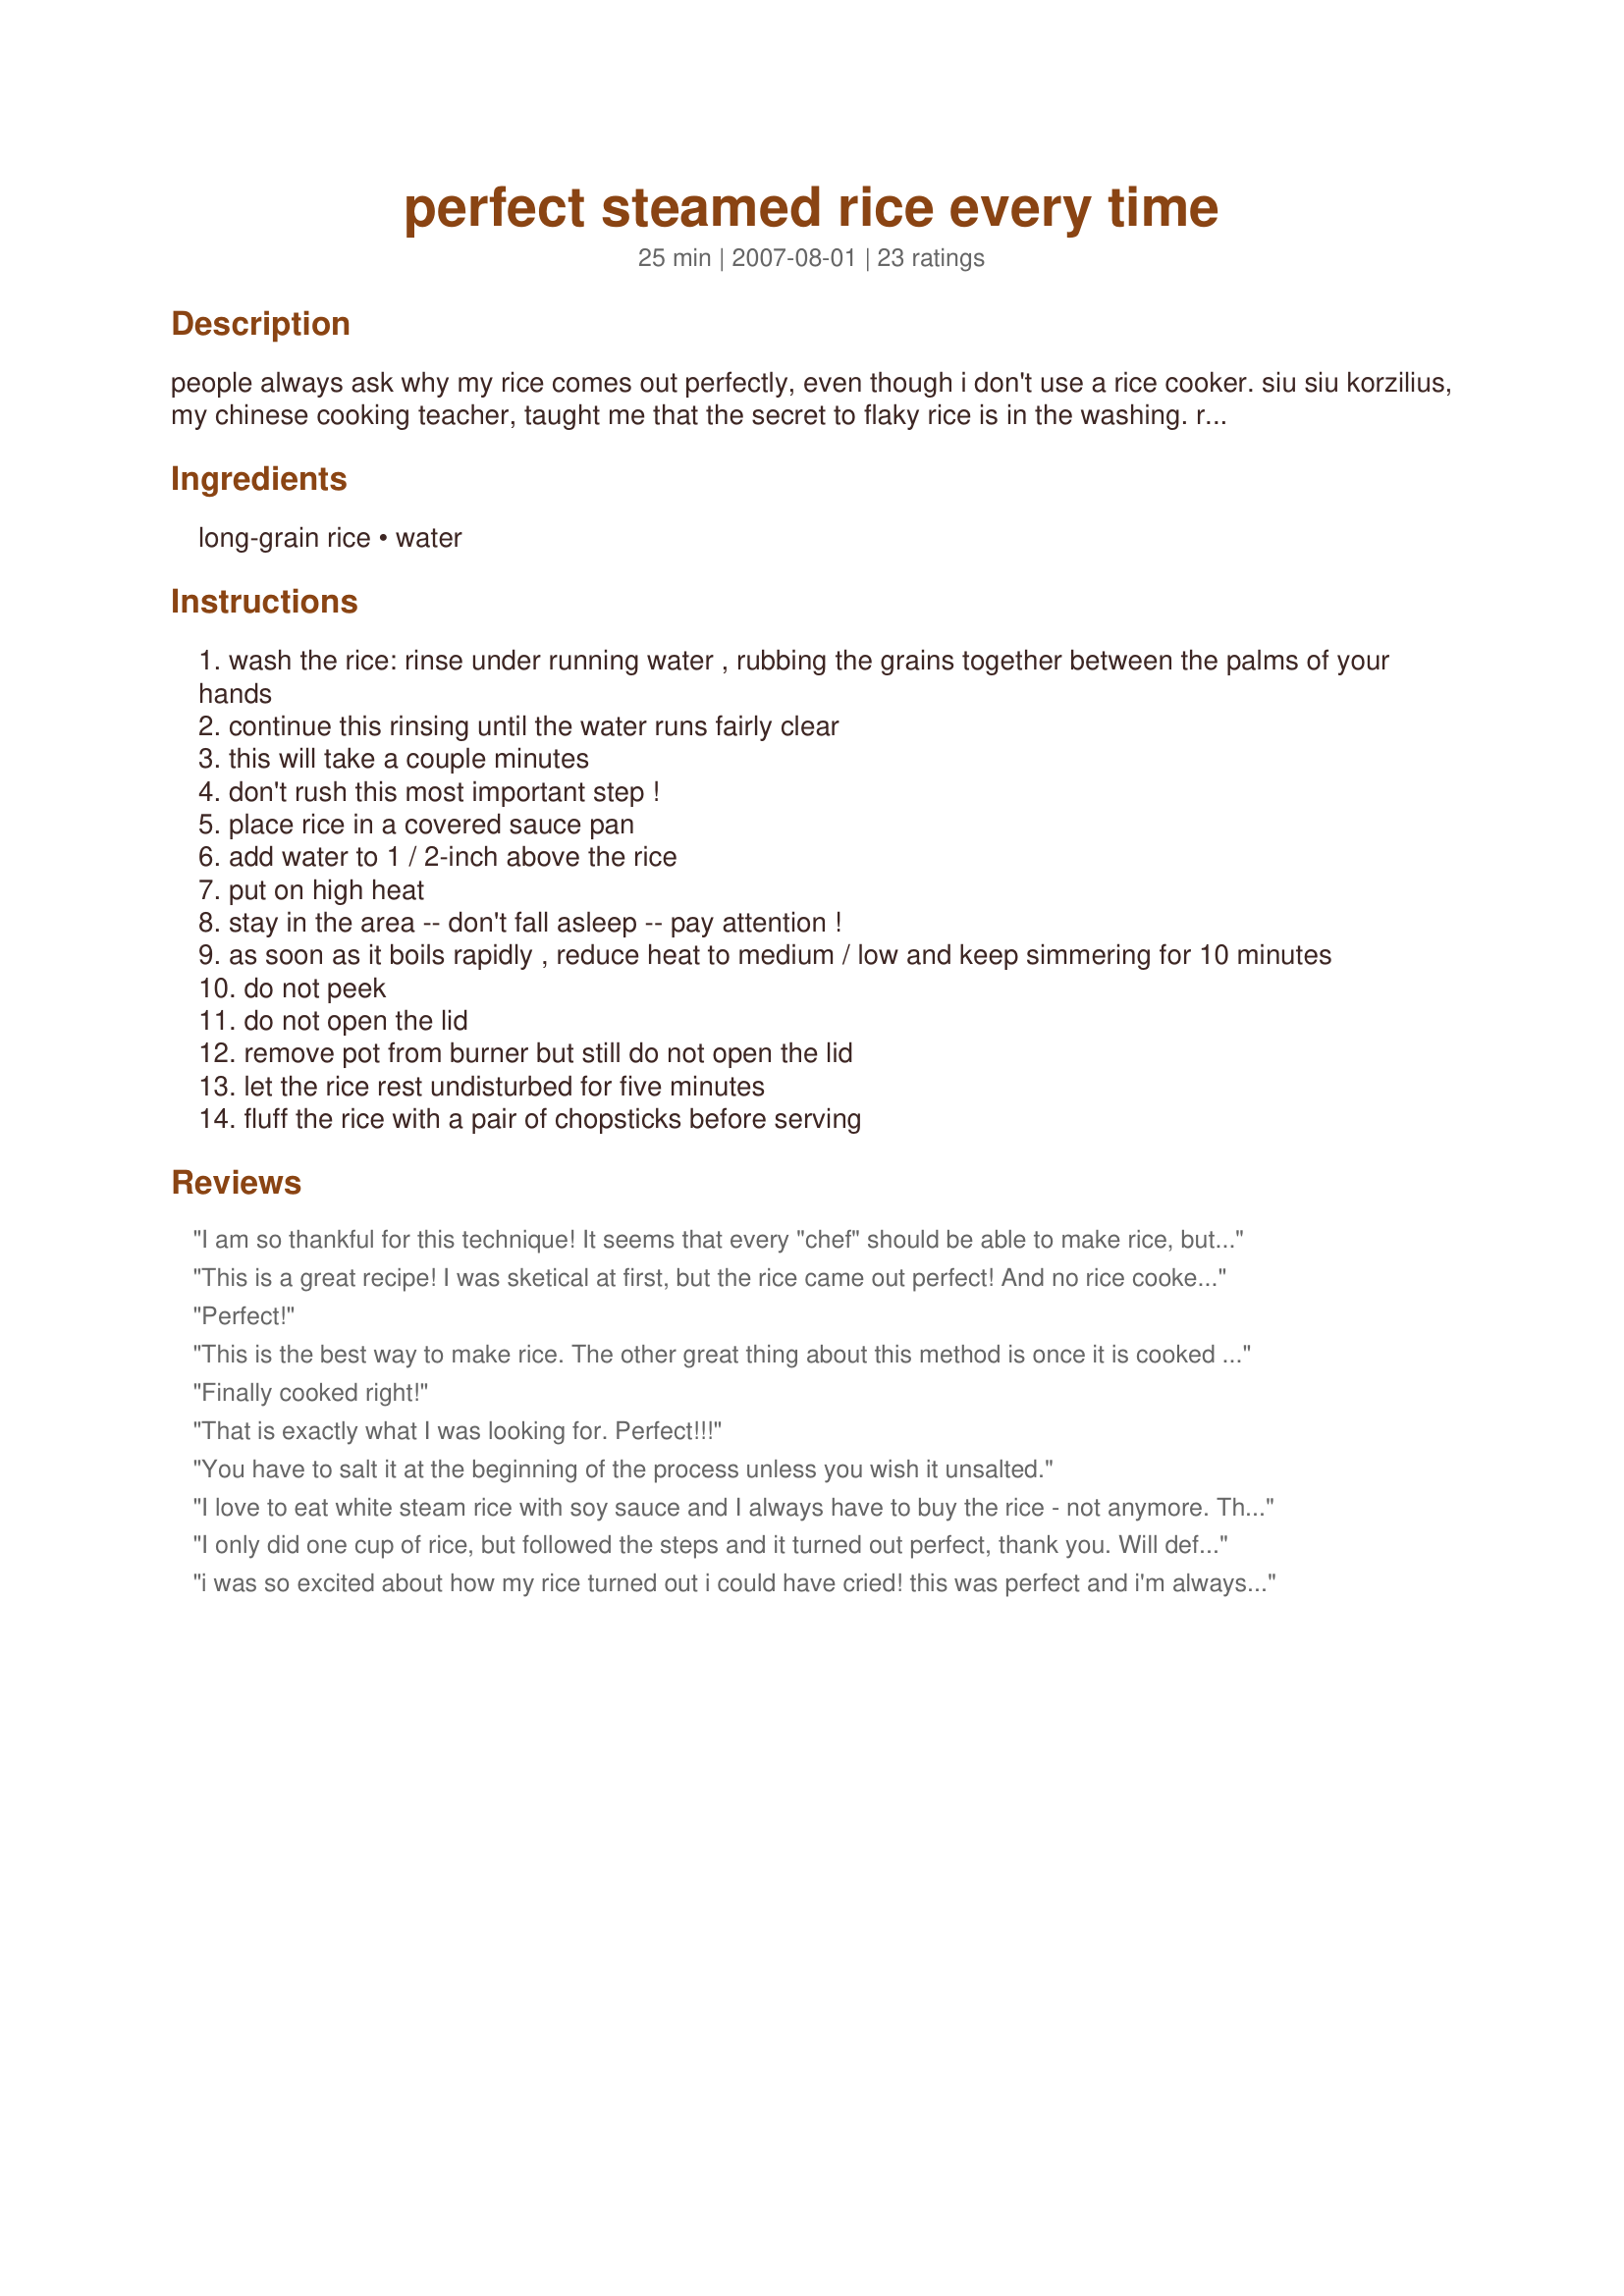
perfect steamed rice every time
Preparation time: 25 minutes

people always ask why my rice comes out perfectly, even though i don't use a rice cooker. siu siu korzilius, my chinese cooking teacher, taught me that the secret to flaky rice is in the washing. rice must always be washed before it's cooked to remove the excess starch which keeps it from being sticky. for brown rice, follow these same instructions but add more water (to several inches over the rice) and cook three times as long.

Ingredients:
long-grain rice, water

Steps:
wash the rice: rinse under running water , rubbing the grains together between the palms of your hands
continue this rinsing until the water runs fairly clear
this will take a couple minutes
don't rush this most important step !
place rice in a covered sauce pan
add water to 1 / 2-inch above the rice
put on high heat
stay in the area -- don't fall asleep -- pay attention !
as soon as it boils rapidly , reduce heat to medium / low and keep simmering for 10 minutes
do not peek
do not open the lid
remove pot from burner but still do not open the lid
let the rice rest undisturbed for five minutes
fluff the rice with a pair of chopsticks before serving

Reviews:
I am so thankful for this technique! It seems that every "chef" should be able to make rice, but I'll admit it, I'm challenged in this department. I was so tired of icky instant rice, or gloppy, sticky regular rice that I've been on a mission to get this right. You finally helped me out! When I washed the rice I used a fine strainer in the sink so as to not lose the grains of rice down the sink - it worked well. At the end, the rice just started to burn, but I caught it in time and only had a few slightly brown pieces. Thus, the timing on this recipe is perfect, because I let it go about 30 seconds pass the timer. If you are "rice challenged", like me, you really need to try this recipe. We had this with our Chinese menu tonight and it was perfect! Thank you so much!
This is a great recipe! I was sketical at first, but the rice came out perfect! And no rice cooker needed!
Perfect!
This is the best way to make rice. The other great thing about this method is once it is cooked and off the heat, you can leave it for a while as long as you don't remove the lid. Made for the Aus/NZ Recipe Swap #14.
Finally cooked right!
That is exactly what I was looking for. Perfect!!!
You have to salt it at the beginning of the process unless you wish it unsalted.
I love to eat white steam rice with soy sauce and I always have to buy the rice - not anymore. This worked perfect for me - thanks
I only did one cup of rice, but followed the steps and it turned out perfect, thank you. Will definitely be cooking this way in the future.
i was so excited about how my rice turned out i could have cried! this was perfect and i'm always going to do rice like this from now on.
I took note of all the instructions - didn't rush the somewhat tricky _scrubbing_ or leave the area or fall asleep. I paid strict attention to that pan, setting my timers to precisely monitor elasped minutes. I used a tight-fitting glass lid so I could play peeping-tom without being unduly tempted to lift said lid.
;-) I dutifully rousted out the chopsticks and fluffed and fluffed. TADA - *perfect rice* as advertised. Now I can't say that I'll be as diligent everytime I steam rice but I can say that I know the *perfect* method! Thanks for posting! It was fun to make!
I just tried this method and it does make perfect rice!!! I have always had difficulty making rice and had just about given up when I was inspired by this method. I separately sauteed some mushrooms, frozen peas,and diced onion in butter and then added them to the rice. What a side dish - now if I add some beef or chicken . . .
Perfect- and so easy. Now everyone can make steamed rice!
We have been having trouble getting our rice to come out right since we moved into a house with well water. This technique worked wonderfully!
Maybe there are people who are just not meant to cook rice. I have tried this recipe at least a dozen times. While I've cooked rice a couple of times that was marginally edible, it has usually come out either crunchy or soggy. It may have something to do with the size of the pot. Does'nt the proportion of water to rice change with the size of the pot?
This rice turned out absolutely perfect. I will definitely be making rice this way from now on. Thanks!
Perfection!! For years I have tried to duplicate the rice that I get at my favorite restraunt, and today I did it. I followed your directions exactly, thank you so much!!!!
Perferctly cooked to my observant guests delight.
This is the perfect recipe for steamed rice. I like to stir after the boil, cook for 8 minutes, and then let set for 5 minutes, then fluff.
Turns out great each time I make it!
Just half the recipe but as you say, perfect rice! Made for the Chinese New Year Tag Game.
I admit to being leery because the instructions were not specific (ex., &quot;the water should be 1/2 inch above the rice&quot;--is that still true if you cut the recipe in half, for instance?); however, I tried it, using half the amount of rice, and it was perfect!
I have always stuggled with making rice. It seems like it should be so simple to cook but for me it never was....unitl now. This worked perfectly. Followed the recipe as written.
